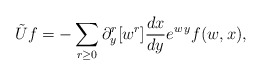
\begin{align*}\tilde Uf=-\sum_{r\ge0} \partial_y^r[w^r] \frac{dx}{dy} e^{w\,y}f(w,x),\end{align*}